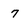
Character: 7